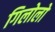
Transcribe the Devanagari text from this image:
गिलोलो